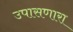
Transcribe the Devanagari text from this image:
उपासणारा